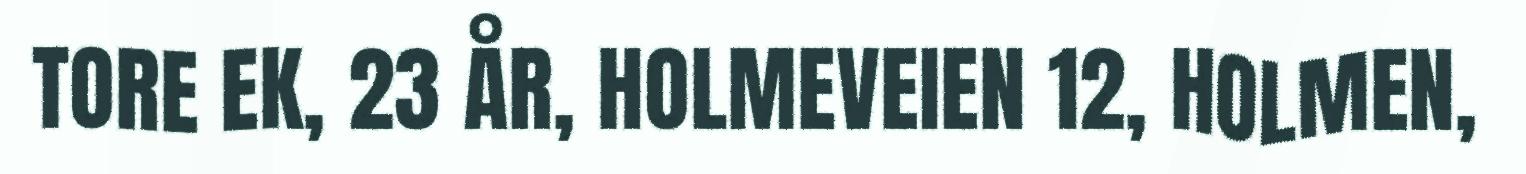
TORE EK, 23 ÅR, HOLMEVEIEN 12, HOLMEN,